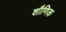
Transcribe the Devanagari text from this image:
शौणिक